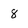
Character: 8